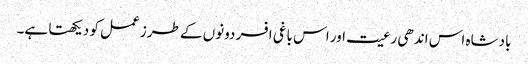
بادشاہ اس اندھی رعیت اور اس باغی افسر دونوں کے طرز عمل کو دیکھتا ہے۔